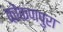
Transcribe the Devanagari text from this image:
कोंकणपुरा